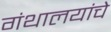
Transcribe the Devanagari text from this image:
गंथालयांचे